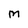
Character: M